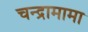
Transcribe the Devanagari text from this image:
चन्द्रामामा